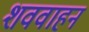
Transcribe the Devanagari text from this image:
शववाहन